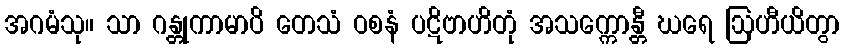
အဂမံသု။ သာ ဂန္တုကာမာပိ တေသံ ဝစနံ ပဋိဗာဟိတုံ အသက္ကောန္တီ ဃရေ ဩဟီယိတွာ